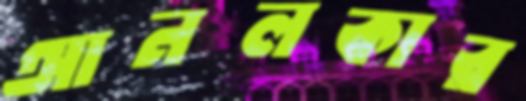
আনলকার